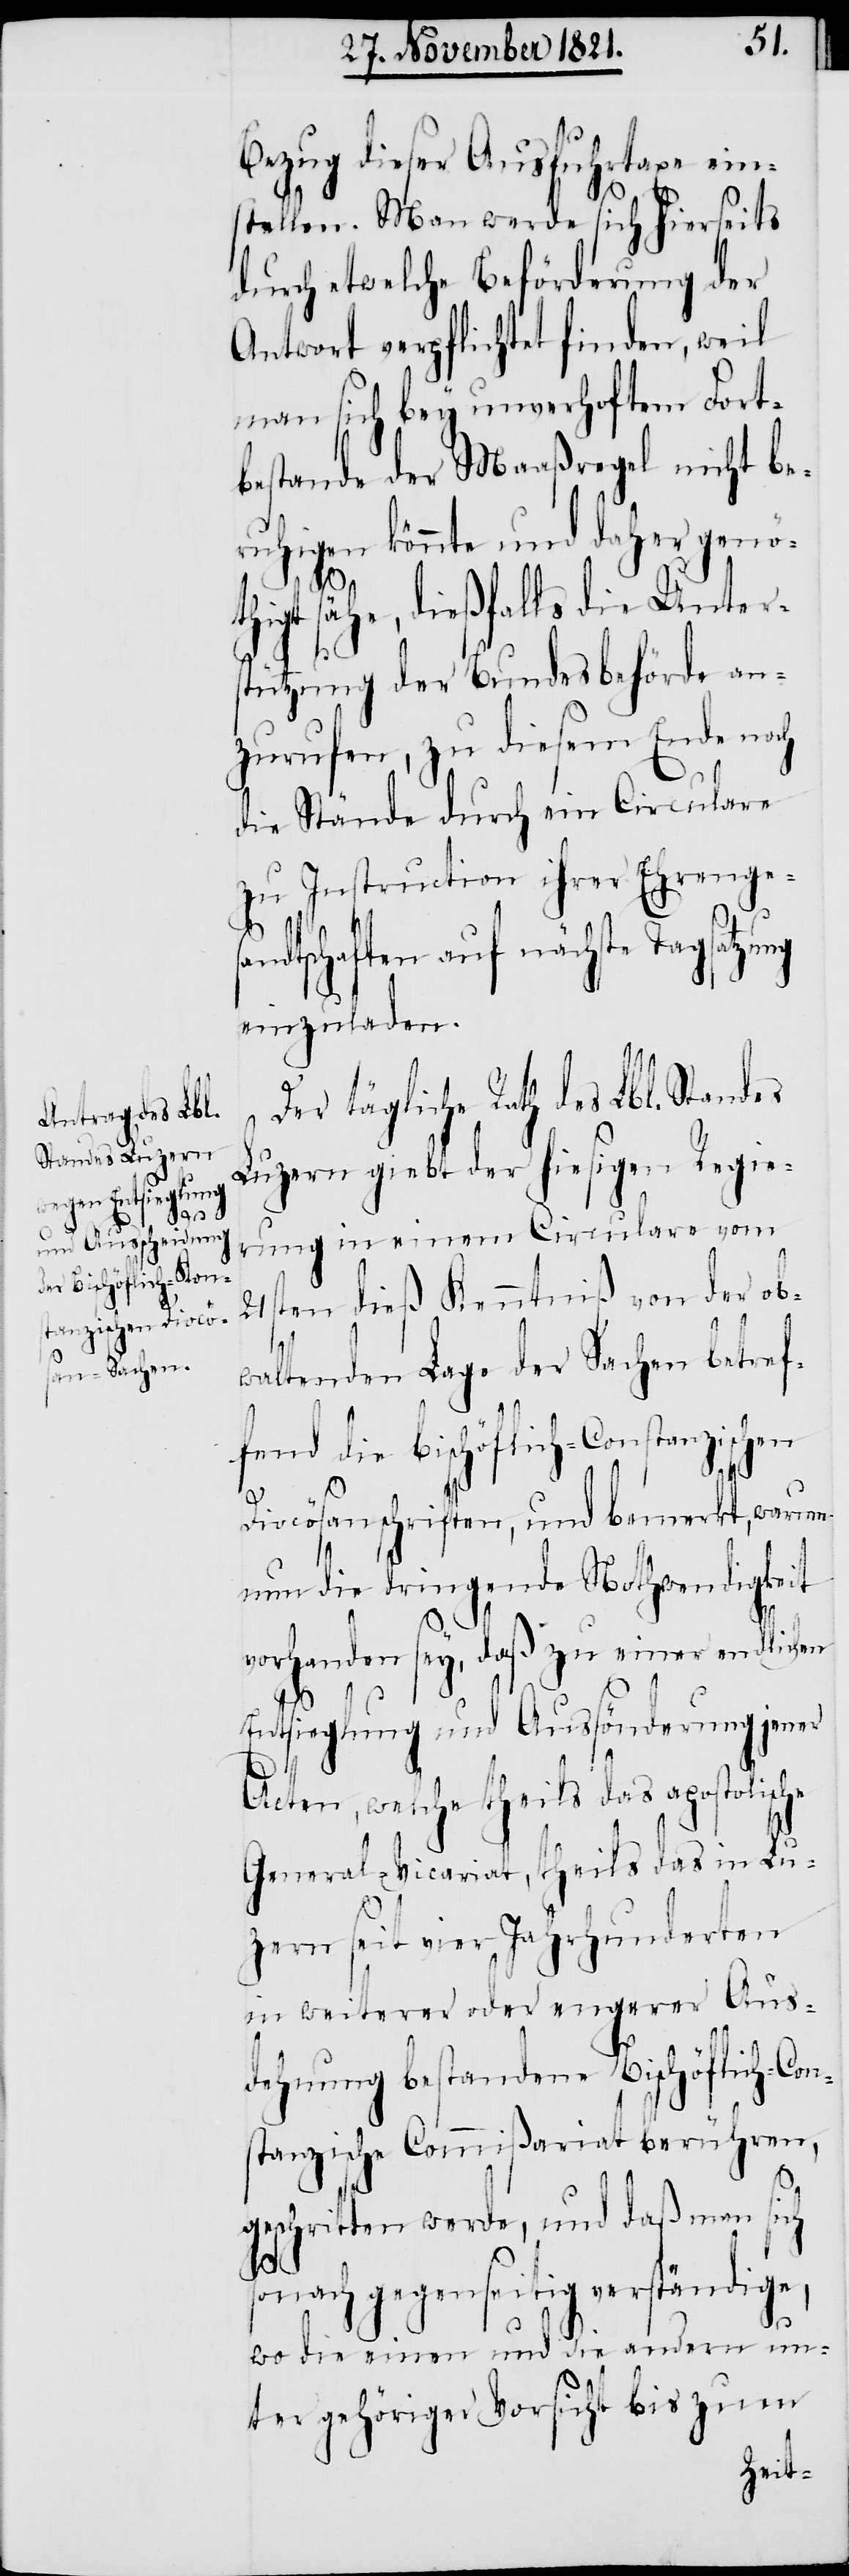
Bezug dieser Ausfuhrtaxe eins¬
tellen. Man werde sich hierseits
durch etwelche Beförderung der
Antwort verpflichtet finden, weil
man sich bey unverhoftem Fort¬
bestande der Maaßregel nicht be¬
ruhigen könnte und daher genö¬
thigt sähe, dießfalls die Unters¬
tützung der Bundesbehörde an¬
zurufen, zu diesem Ende noch
die Stände durch ein Circulare
zu Instruction ihrer Ehrenges¬
andtschaften auf nächste Tagsatzung
einzuladen.
Der tägliche Rath des Lbl. Standes
Luzern giebt der hiesigen Regie¬
rung in einem Circulare vom
21sten dieß Kenntniß von der ob¬
waltenden Lage der Sachen betref¬
fend die bischöflich-Constanzischen
Diocösanschriften, und bemerkt, warum
nun die dringende Nothwendigkeit
vorhanden sey, daß zu einer endlichen
Entsieglung und Aussönderung jener
Acten, welche theils das apostolische
General-Vicariat, theils das in Lu¬
zern seit vier Jahrhunderten
in weiterer oder engerer Aus¬
dehnung bestandene Bischöflich-Cons¬
tanzische Commißariat berühren,
geschritten werde, und daß man sich
sonach gegenseitig verständige,
wo die einen und die andern un¬
ter gehöriger Vorsicht bis zum